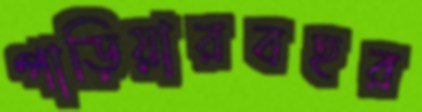
পাড়িয়ারবহর